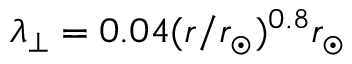
\lambda _ { \perp } = 0 . 0 4 ( r / r _ { \odot } ) ^ { 0 . 8 } r _ { \odot }